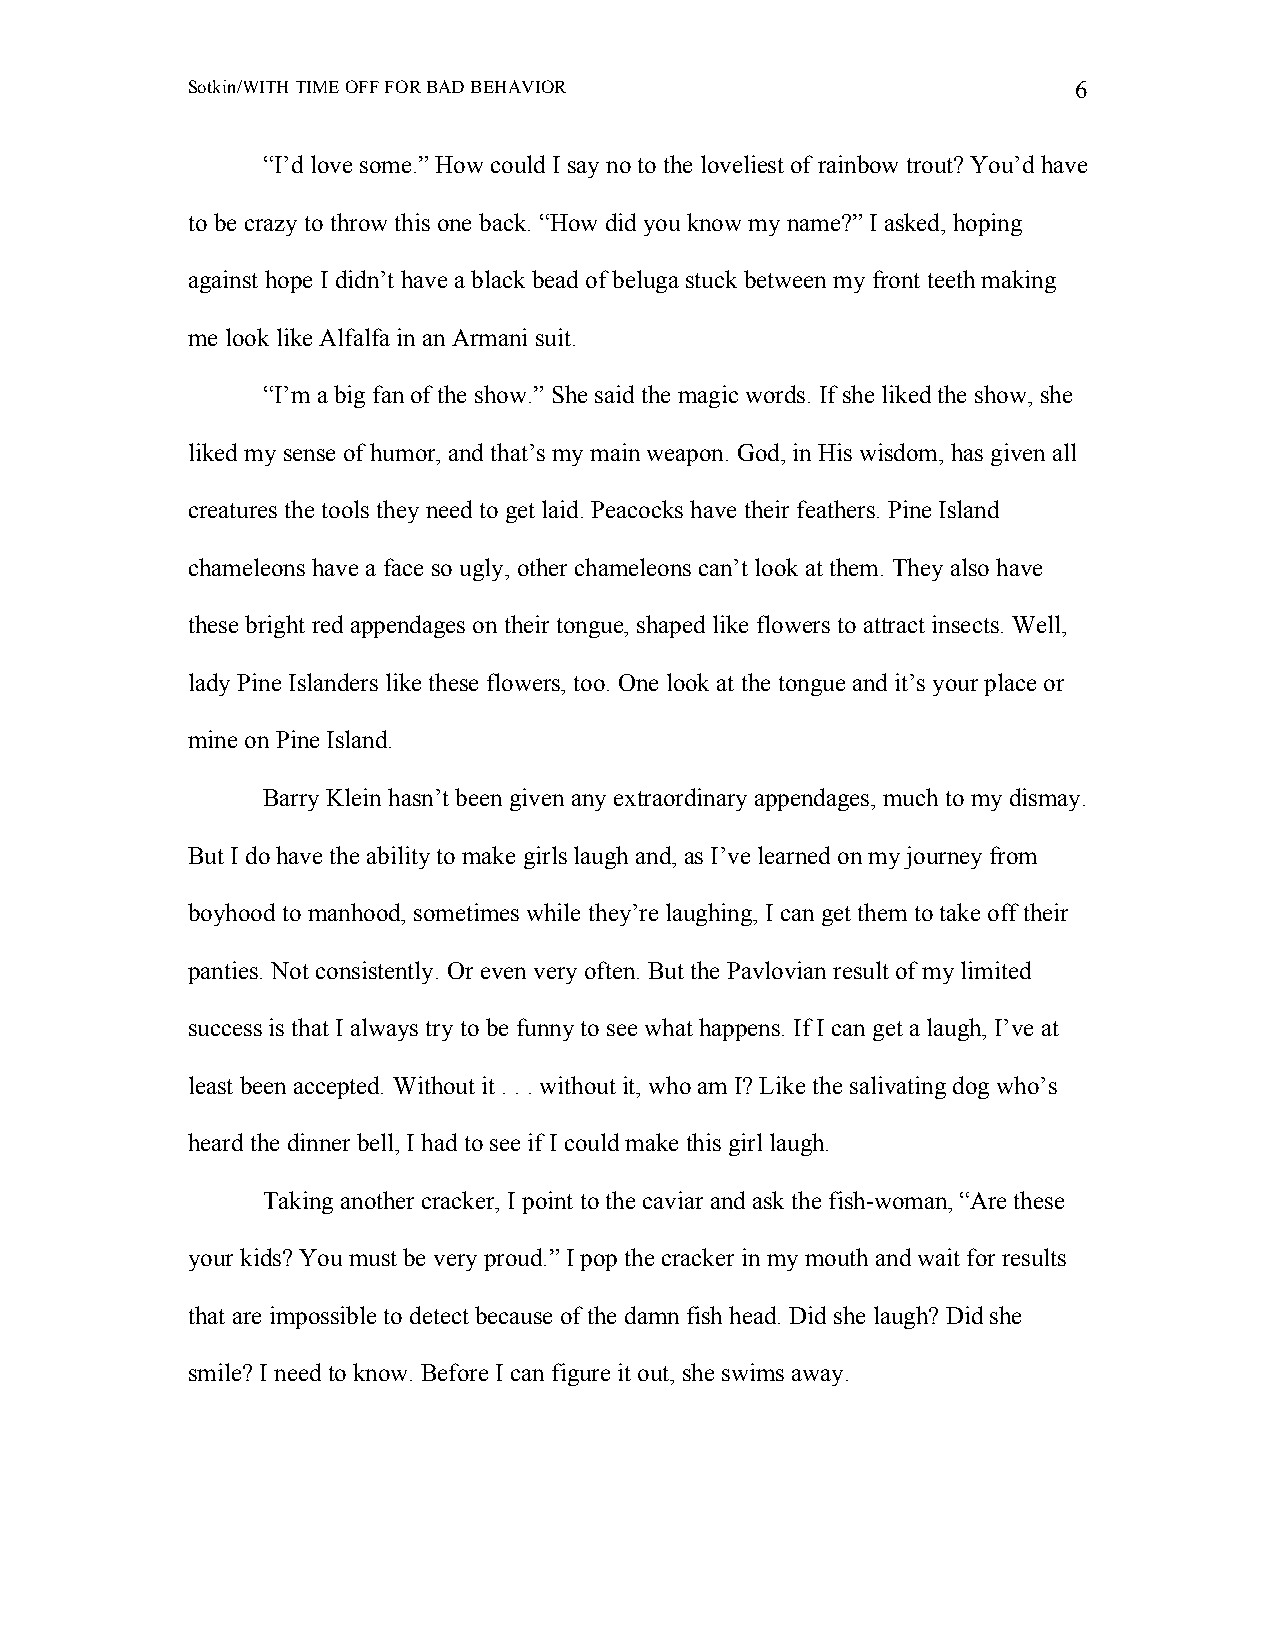
Sotkin/WITH TIME OFF FOR BAD BEHAVIOR                      6
 “I’d love some.” How could I say no to the loveliest of rainbow trout? You’d have
 to be crazy to throw this one back. “How did you know my name?” I asked, hoping
 against hope I didn’t have a black bead of beluga stuck between my front teeth making
 me look like Alfalfa in an Armani suit.
 “I’m a big fan of the show.” She said the magic words. If she liked the show, she
 liked my sense of humor, and that’s my main weapon. God, in His wisdom, has given all
 creatures the tools they need to get laid. Peacocks have their feathers. Pine Island
 chameleons have a face so ugly, other chameleons can’t look at them. They also have
 these bright red appendages on their tongue, shaped like flowers to attract insects. Well,
 lady Pine Islanders like these flowers, too. One look at the tongue and it’s your place or
 mine on Pine Island.
 Barry Klein hasn’t been given any extraordinary appendages, much to my dismay.
 But I do have the ability to make girls laugh and, as I’ve learned on my journey from
 boyhood to manhood, sometimes while they’re laughing, I can get them to take off their
 panties. Not consistently. Or even very often. But the Pavlovian result of my limited
 success is that I always try to be funny to see what happens. If I can get a laugh, I’ve at
 least been accepted. Without it . . . without it, who am I? Like the salivating dog who’s
 heard the dinner bell, I had to see if I could make this girl laugh.
 Taking another cracker, I point to the caviar and ask the fish-woman, “Are these
 your kids? You must be very proud.” I pop the cracker in my mouth and wait for results
 that are impossible to detect because of the damn fish head. Did she laugh? Did she
 smile? I need to know. Before I can figure it out, she swims away.